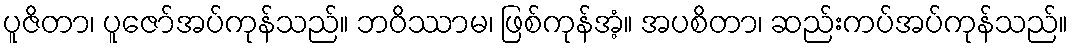
ပူဇိတာ၊ ပူဇော်အပ်ကုန်သည်။ ဘဝိဿာမ၊ ဖြစ်ကုန်အံ့။ အပစိတာ၊ ဆည်းကပ်အပ်ကုန်သည်။